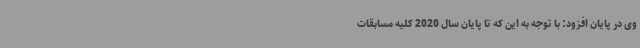
وی در پایان افزود: با توجه به این که تا پایان سال 2020 کلیه مسابقات